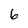
Character: 6